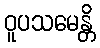
ဝူပသမေန္တိ